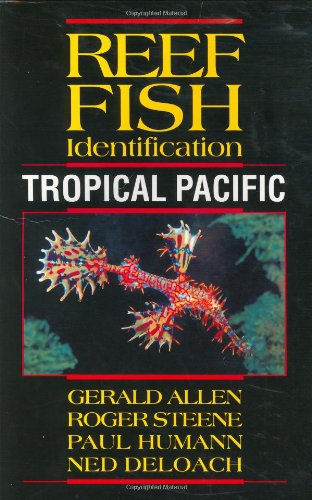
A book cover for Reef Fish Identification - Tropical Pacific; Gerald Allen; Science & Math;